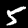
Label: 5